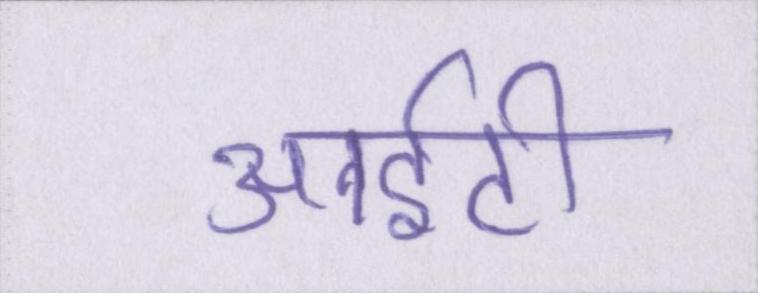
आईटी